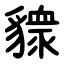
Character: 䝦